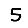
Digit: 5